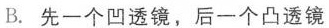
B.先一个凹透镜，后一个凸透镜